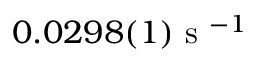
0 . 0 2 9 8 ( 1 ) \textrm { s } ^ { - 1 }